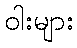
ဝါးများ